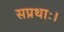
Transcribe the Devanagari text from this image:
सप्रथाः।